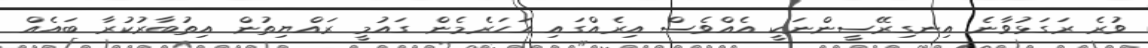
ވުރެެ ރަގަޅުވާނެ އިނގިރޭސީންނަކީ އެއްވެސް އިރެއްގައި އަހަރެމެން ގައުމީ ރައްޔިތުން އިތުބާރުކުރާ ބައެއް